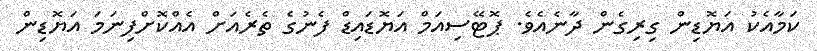
ކަމާއެކު އަޔޮޑިން ގިރިގެން ދާނެއެވެ. ޕޮޓޭސިއަމް އަޔޮޑައިޑް ފެނުގެ ތެރެއަށް އެއްކޮށްފިނަމަ އަޔޮޑިން